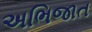
અભિજાત